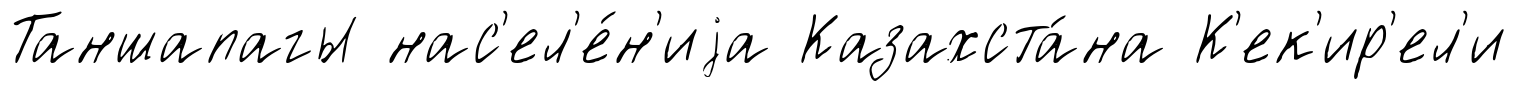
Таншапагы нас'ел'е́н'иjа Казахста́на К'ек'ир'ел'и